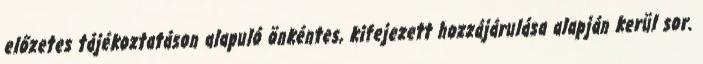
előzetes tájékoztatáson alapuló önkéntes, kifejezett hozzájárulása alapján kerül sor.